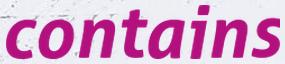
contains